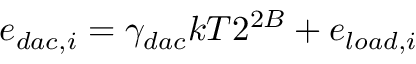
e _ { d a c , i } = \gamma _ { d a c } k T 2 ^ { 2 B } + e _ { l o a d , i }